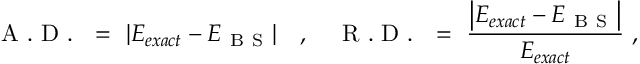
\mathrm { ~ A ~ . ~ D ~ . ~ } \ = \ | E _ { e x a c t } - E _ { \mathrm { ~ B ~ S ~ } } | \quad , \quad \mathrm { ~ R ~ . ~ D ~ . ~ } \ = \ \frac { \left| E _ { e x a c t } - E _ { \mathrm { ~ B ~ S ~ } } \right| } { E _ { e x a c t } } \ ,